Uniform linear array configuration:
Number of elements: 24
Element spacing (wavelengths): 0.75
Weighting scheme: uniform
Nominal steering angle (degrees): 60
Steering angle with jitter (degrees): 59.586
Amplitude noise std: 0.05
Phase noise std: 0.05

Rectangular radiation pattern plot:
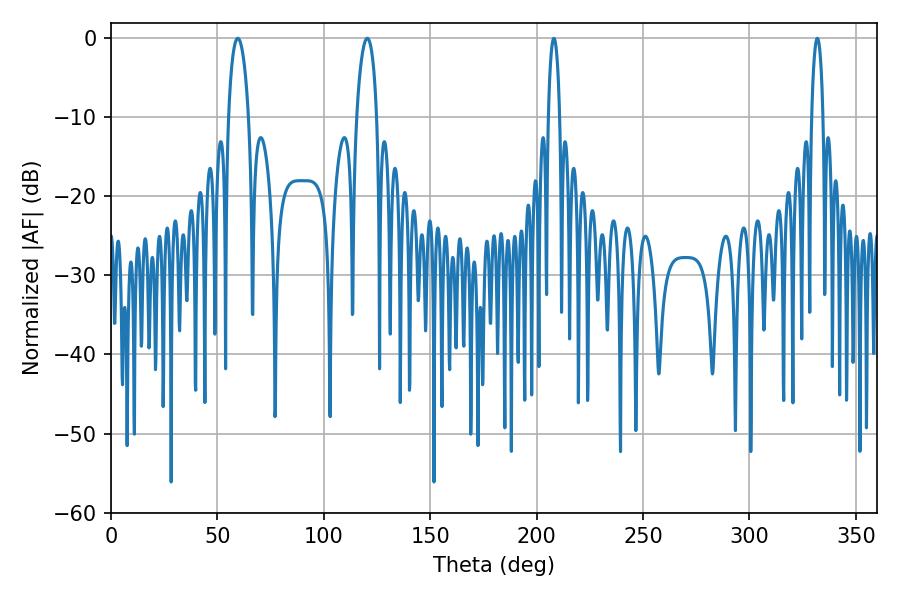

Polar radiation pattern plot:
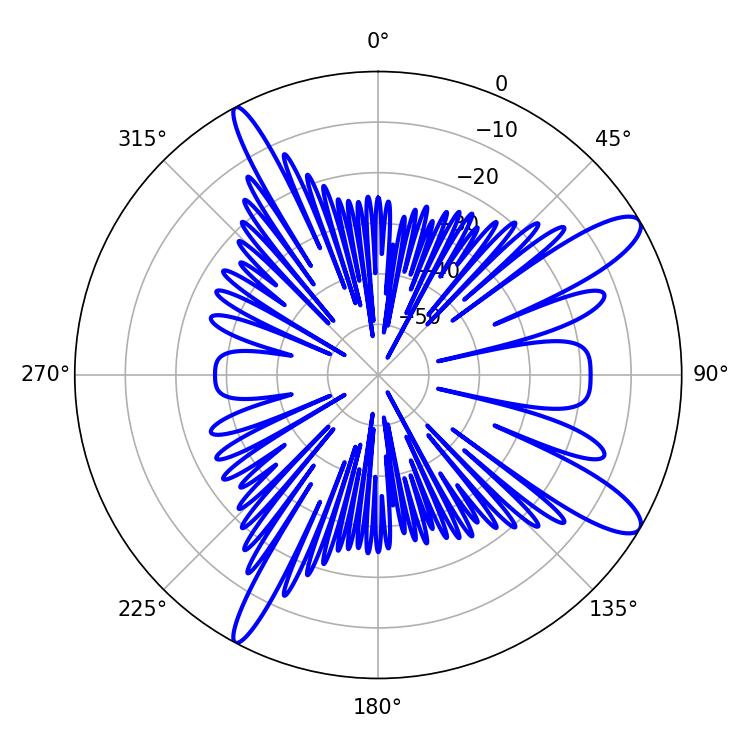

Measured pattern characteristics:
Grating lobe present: TRUE
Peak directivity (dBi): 11.859
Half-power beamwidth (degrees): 5.4
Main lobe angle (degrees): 59.58